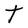
Character: t